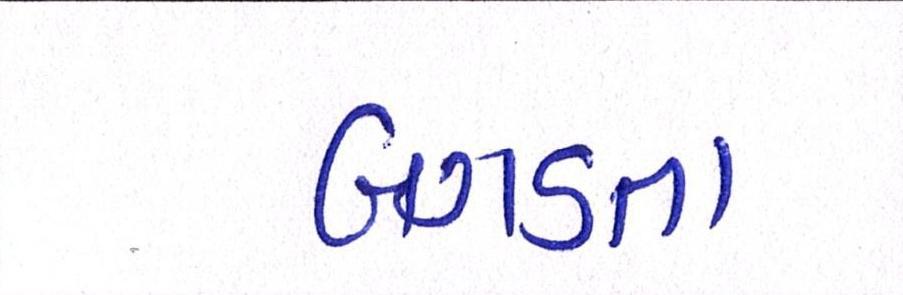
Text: બગડતા